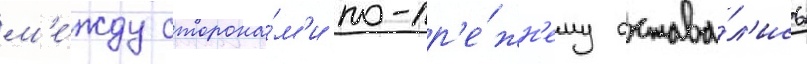
м'е́жду сторона́м'и по-пр'е́жн'ему остава́л'ись